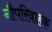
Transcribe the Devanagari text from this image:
नौपरिवाहक